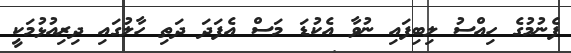
ފެނުމުގެ ހިއްސު ލިބިފައި ނުވާ އެކުޑަ މަސް އެފަދަ ދަތި ހާލުގައި ދިރިއުޅުމަކީ